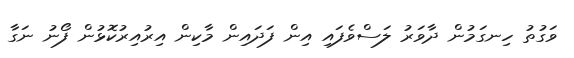
ވަގުތު ހިނގަމުން ދާވަރު ލަސްވެފައި އިން ފަދައިން މާކިން އިރުއިރުކޮޅުން ފޯނު ނަގާ